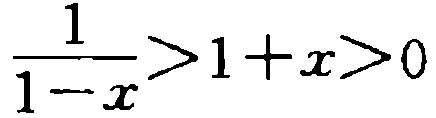
$\frac{1}{1 - x} > 1 + x > 0$